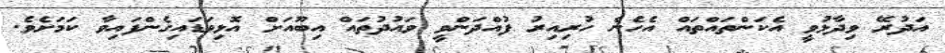
އަދުރޭ ވިދާޅުވީ އެކަންތައްތައް އެހެން ހުރިއިރު ފުއްދަންވީ ވައުދުތައް އިބޫއަށް އޮޅިވަޑައިގެންފައިވާ ކަމަށެވެ.